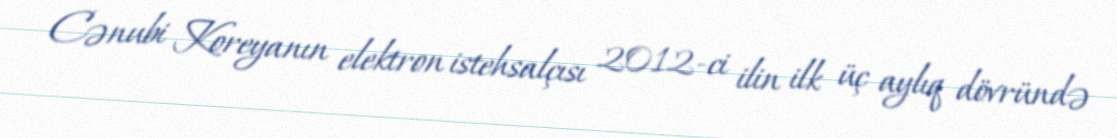
Cənubi Koreyanın elektron istehsalçısı 2012-ci ilin ilk üç aylıq dövründə